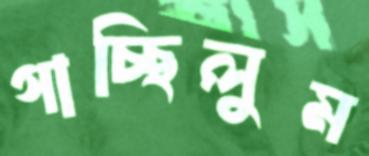
গাচ্ছিলুম